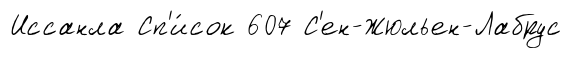
Иссанла Сп'и́сок 607 С'ен-Жюльен-Лабрус